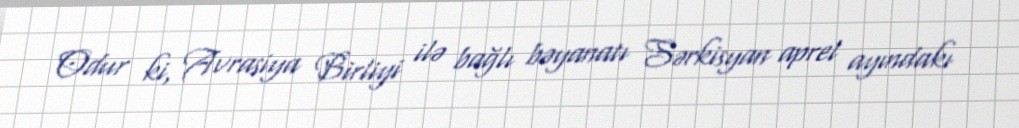
Odur ki, Avrasiya Birliyi ilə bağlı bəyanatı Sərkisyan aprel ayındakı